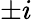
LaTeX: \pm i